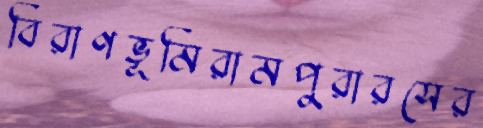
বিরাণভূমিরামপুরারসের